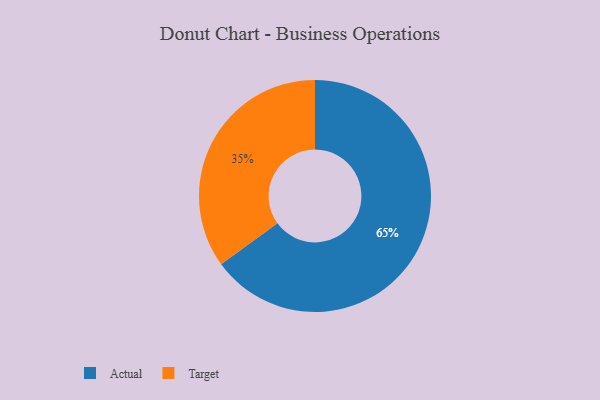
{"axis": {"x": "Category", "y": "Percentage"}, "legend": ["Actual", "Target"], "data": [{"x": "Target", "y": 35, "type": "Target"}, {"x": "Actual", "y": 65, "type": "Actual"}]}